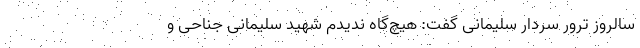
سالروز ترور سردار سلیمانی گفت: هیچ‌گاه ندیدم شهید سلیمانی جناحی و